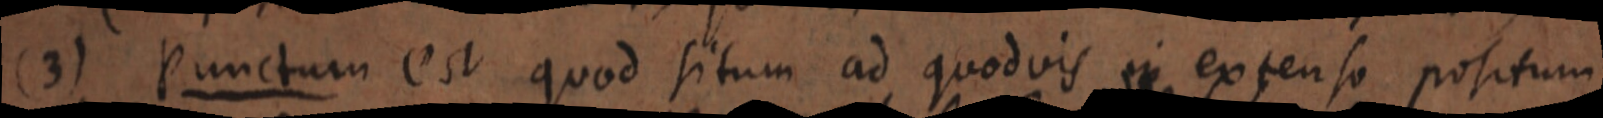
(3) Punctum est quod situm ad quodvis in extenso positum